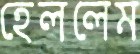
হেললেম